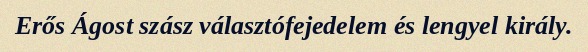
Erős Ágost szász választófejedelem és lengyel király.